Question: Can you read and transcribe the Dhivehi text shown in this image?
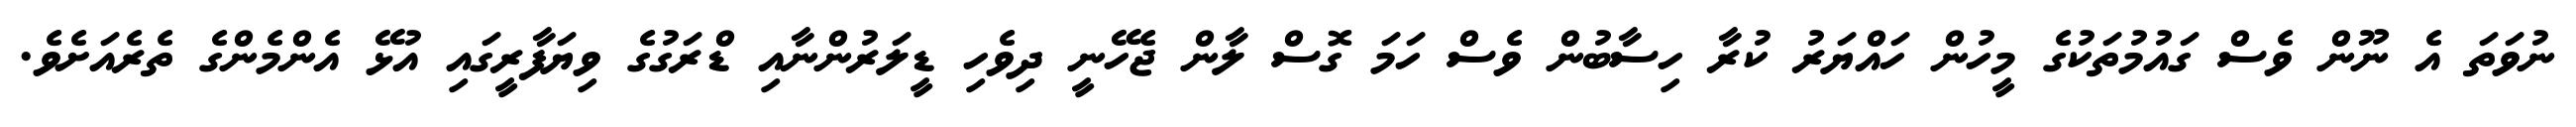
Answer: ނުވަތަ އެ ނޫން ވެސް ގައުމުތަކުގެ މީހުން ހައްޔަރު ކުރާ ހިސާބުން ވެސް ހަމަ ގޮސް ލާން ޖެހޭނީ ދިވެހި ޑީލަރުންނާއި ޑްރަގުގެ ވިޔަފާރީގައި އުޅޭ އެންމެންގެ ތެރެއަށެވެ.